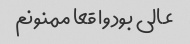
عالی بود وا قعا ممنونم